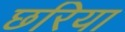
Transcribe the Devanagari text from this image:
छरिया